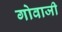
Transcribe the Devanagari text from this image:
गोवाजी